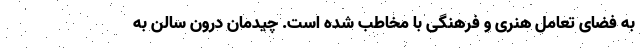
به فضای تعامل هنری و فرهنگی با مخاطب شده است. چیدمان درون سالن به